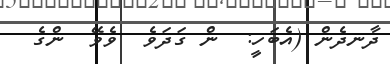
ދާނދެން (އެބަހީ:  ން ގަދަވެ  ވެވޭ  ންގެ